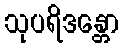
သုပရိဒန္တော